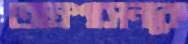
তাম্রশাসনকে